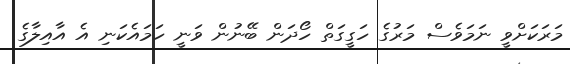
މަރަކަށްވީ ނަމަވެސް މަރުގެ ހަގީގަތް ހޯދަން ބޭނުން ވަނީ ހަމައެކަނި އެ އާއިލާގެ